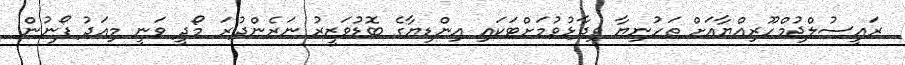
ރައީސުލްޖުމްހޫރިއްޔާއަށް ތަހުނިޔާ ވިދާޅުވުމަށްޓަކައި އިންޑިޔާގެ ބޮޑުވަޒީރު ނަރެންދުރަ މޯދީ ވަނީ މިއަދު ފޯނުން